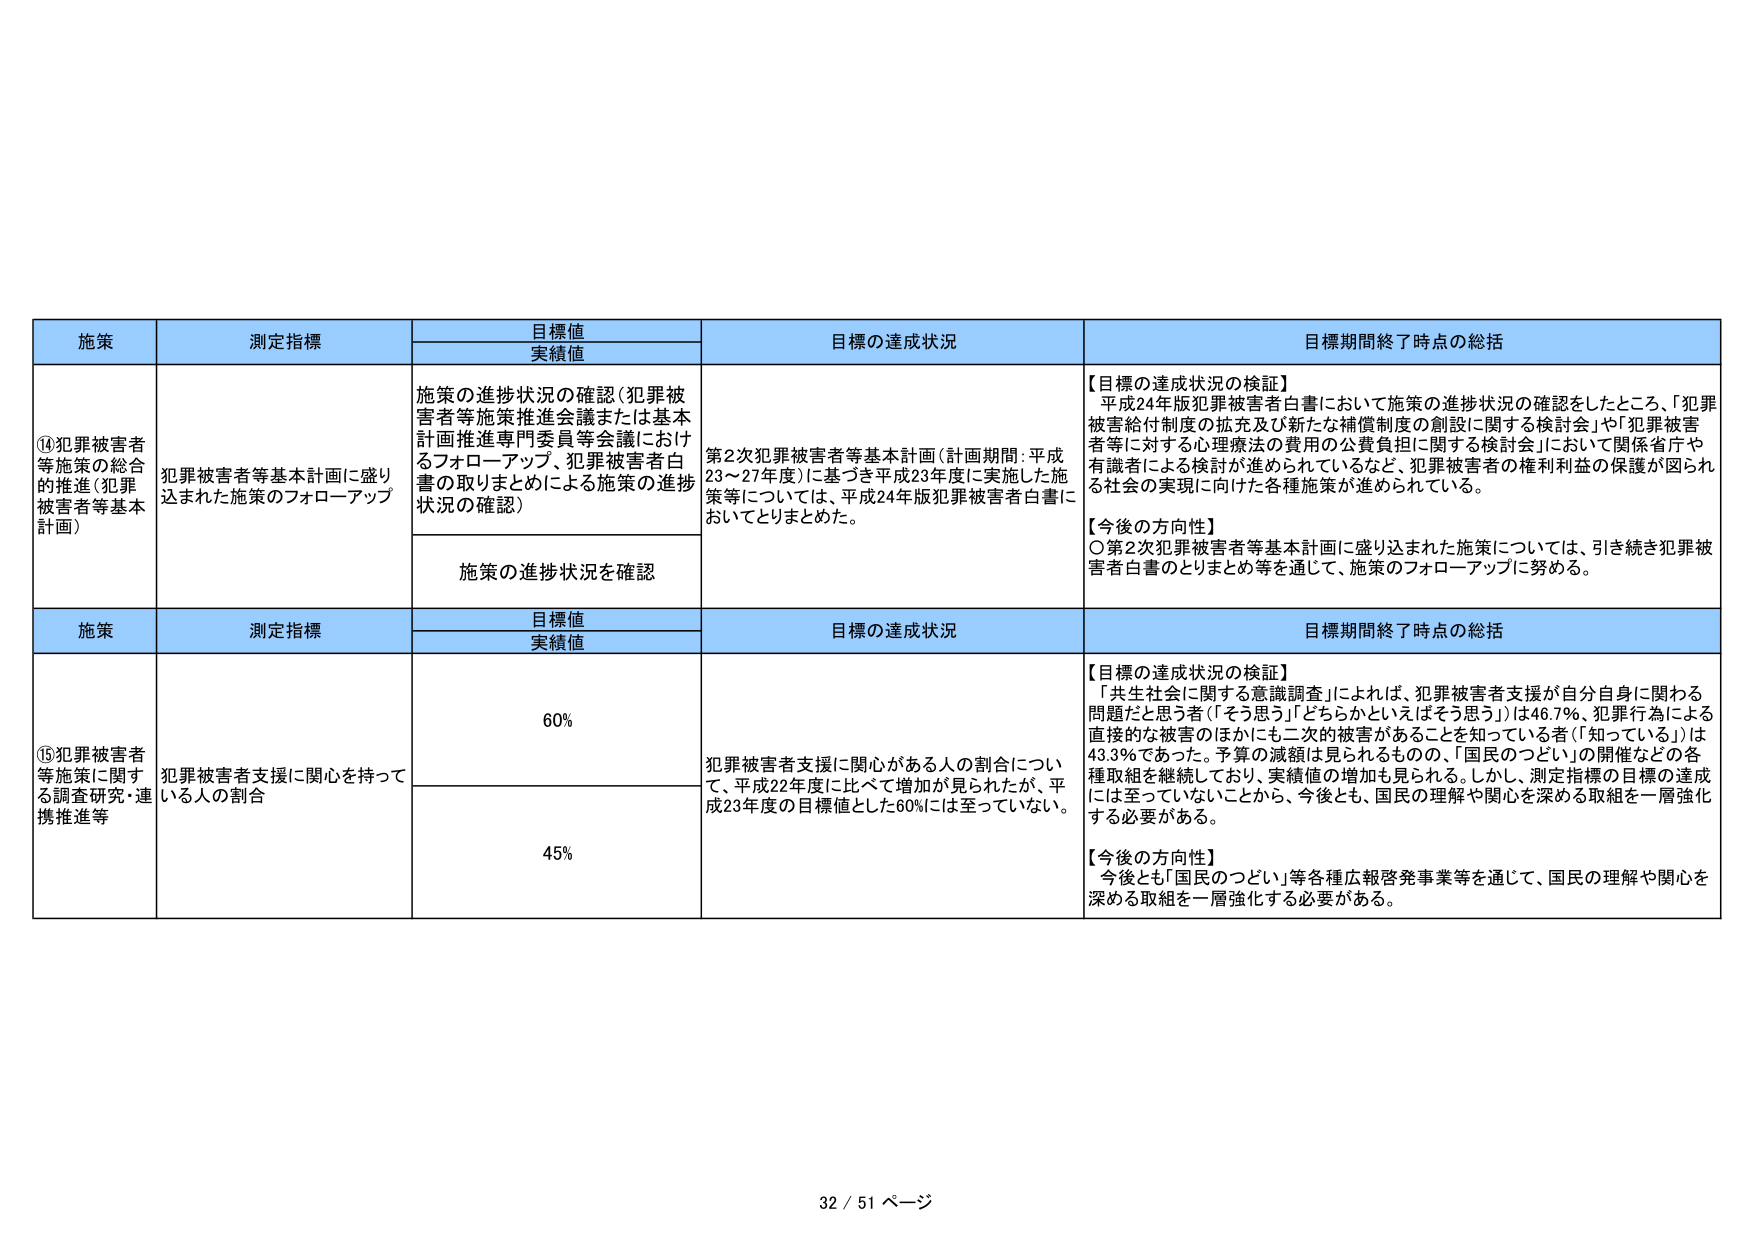
施策
測定指標
目標値
実績値
目標の達成状況
目標期間終了時点の総括
⑭犯罪被害者等施策の総合的推進（犯罪被害者等基本計画）
犯罪被害者等基本計画に盛り込まれた施策のフォローアップ
施策の進捗状況の確認（犯罪被害者等施策推進会議または基本計画推進専門委員等会議におけるフォローアップ、犯罪被害者白書の取りまとめによる施策の進捗状況の確認）
第2次犯罪被害者等基本計画（計画期間：平成23～27年度）に基づき平成23年度に実施した施策等については、平成24年版犯罪被害者白書においてとりまとめた。
【目標の達成状況の検証】
平成24年版犯罪被害者白書において施策の進捗状況の確認をしたところ、「犯罪被害給付制度の拡充及び新たな補償制度の創設に関する検討会」や「犯罪被害者等に対する心理療法の費用の公費負担に関する検討会」において関係省庁や有識者による検討が進められているなど、犯罪被害者の権利利益の保護が図られる社会の実現に向けた各種施策が進められている。
【今後の方向性】
〇第2次犯罪被害者等基本計画に盛り込まれた施策については、引き続き犯罪被害者白書のとりまとめ等を通じて、施策のフォローアップに努める。
施策
測定指標
目標値
実績値
目標の達成状況
目標期間終了時点の総括
⑮犯罪被害者等施策に関する調査研究・連携推進等
犯罪被害者支援に関心を持っている人の割合
60%
犯罪被害者支援に関心がある人の割合について、平成22年度に比べて増加が見られたが、平成23年度の目標値とした60%には至っていない。
【目標の達成状況の検証】
「共生社会に関する意識調査」によれば、犯罪被害者支援が自分自身に関わる問題だと思う者（「そう思う」「どちらかといえばそう思う」）は46.7%、犯罪行為による直接的な被害のほかにも二次的被害があることを知っている者（「知っている」）は43.3%であった。予算の減額は見られるものの、「国民のつどい」の開催などの各種取組を継続しており、実績値の増加も見られる。しかし、測定指標の目標の達成には至っていないことから、今後とも、国民の理解や関心を深める取組を一層強化する必要がある。
【今後の方向性】
今後とも「国民のつどい」等各種広報啓発事業等を通じて、国民の理解や関心を深める取組を一層強化する必要がある。
45%
32 / 51 ページ